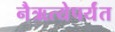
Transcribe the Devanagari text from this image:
नैऋत्येपर्यंत